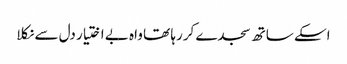
اسکے ساتھ سجدے کررہا تھا واہ بے اختیار دل سے نکلا